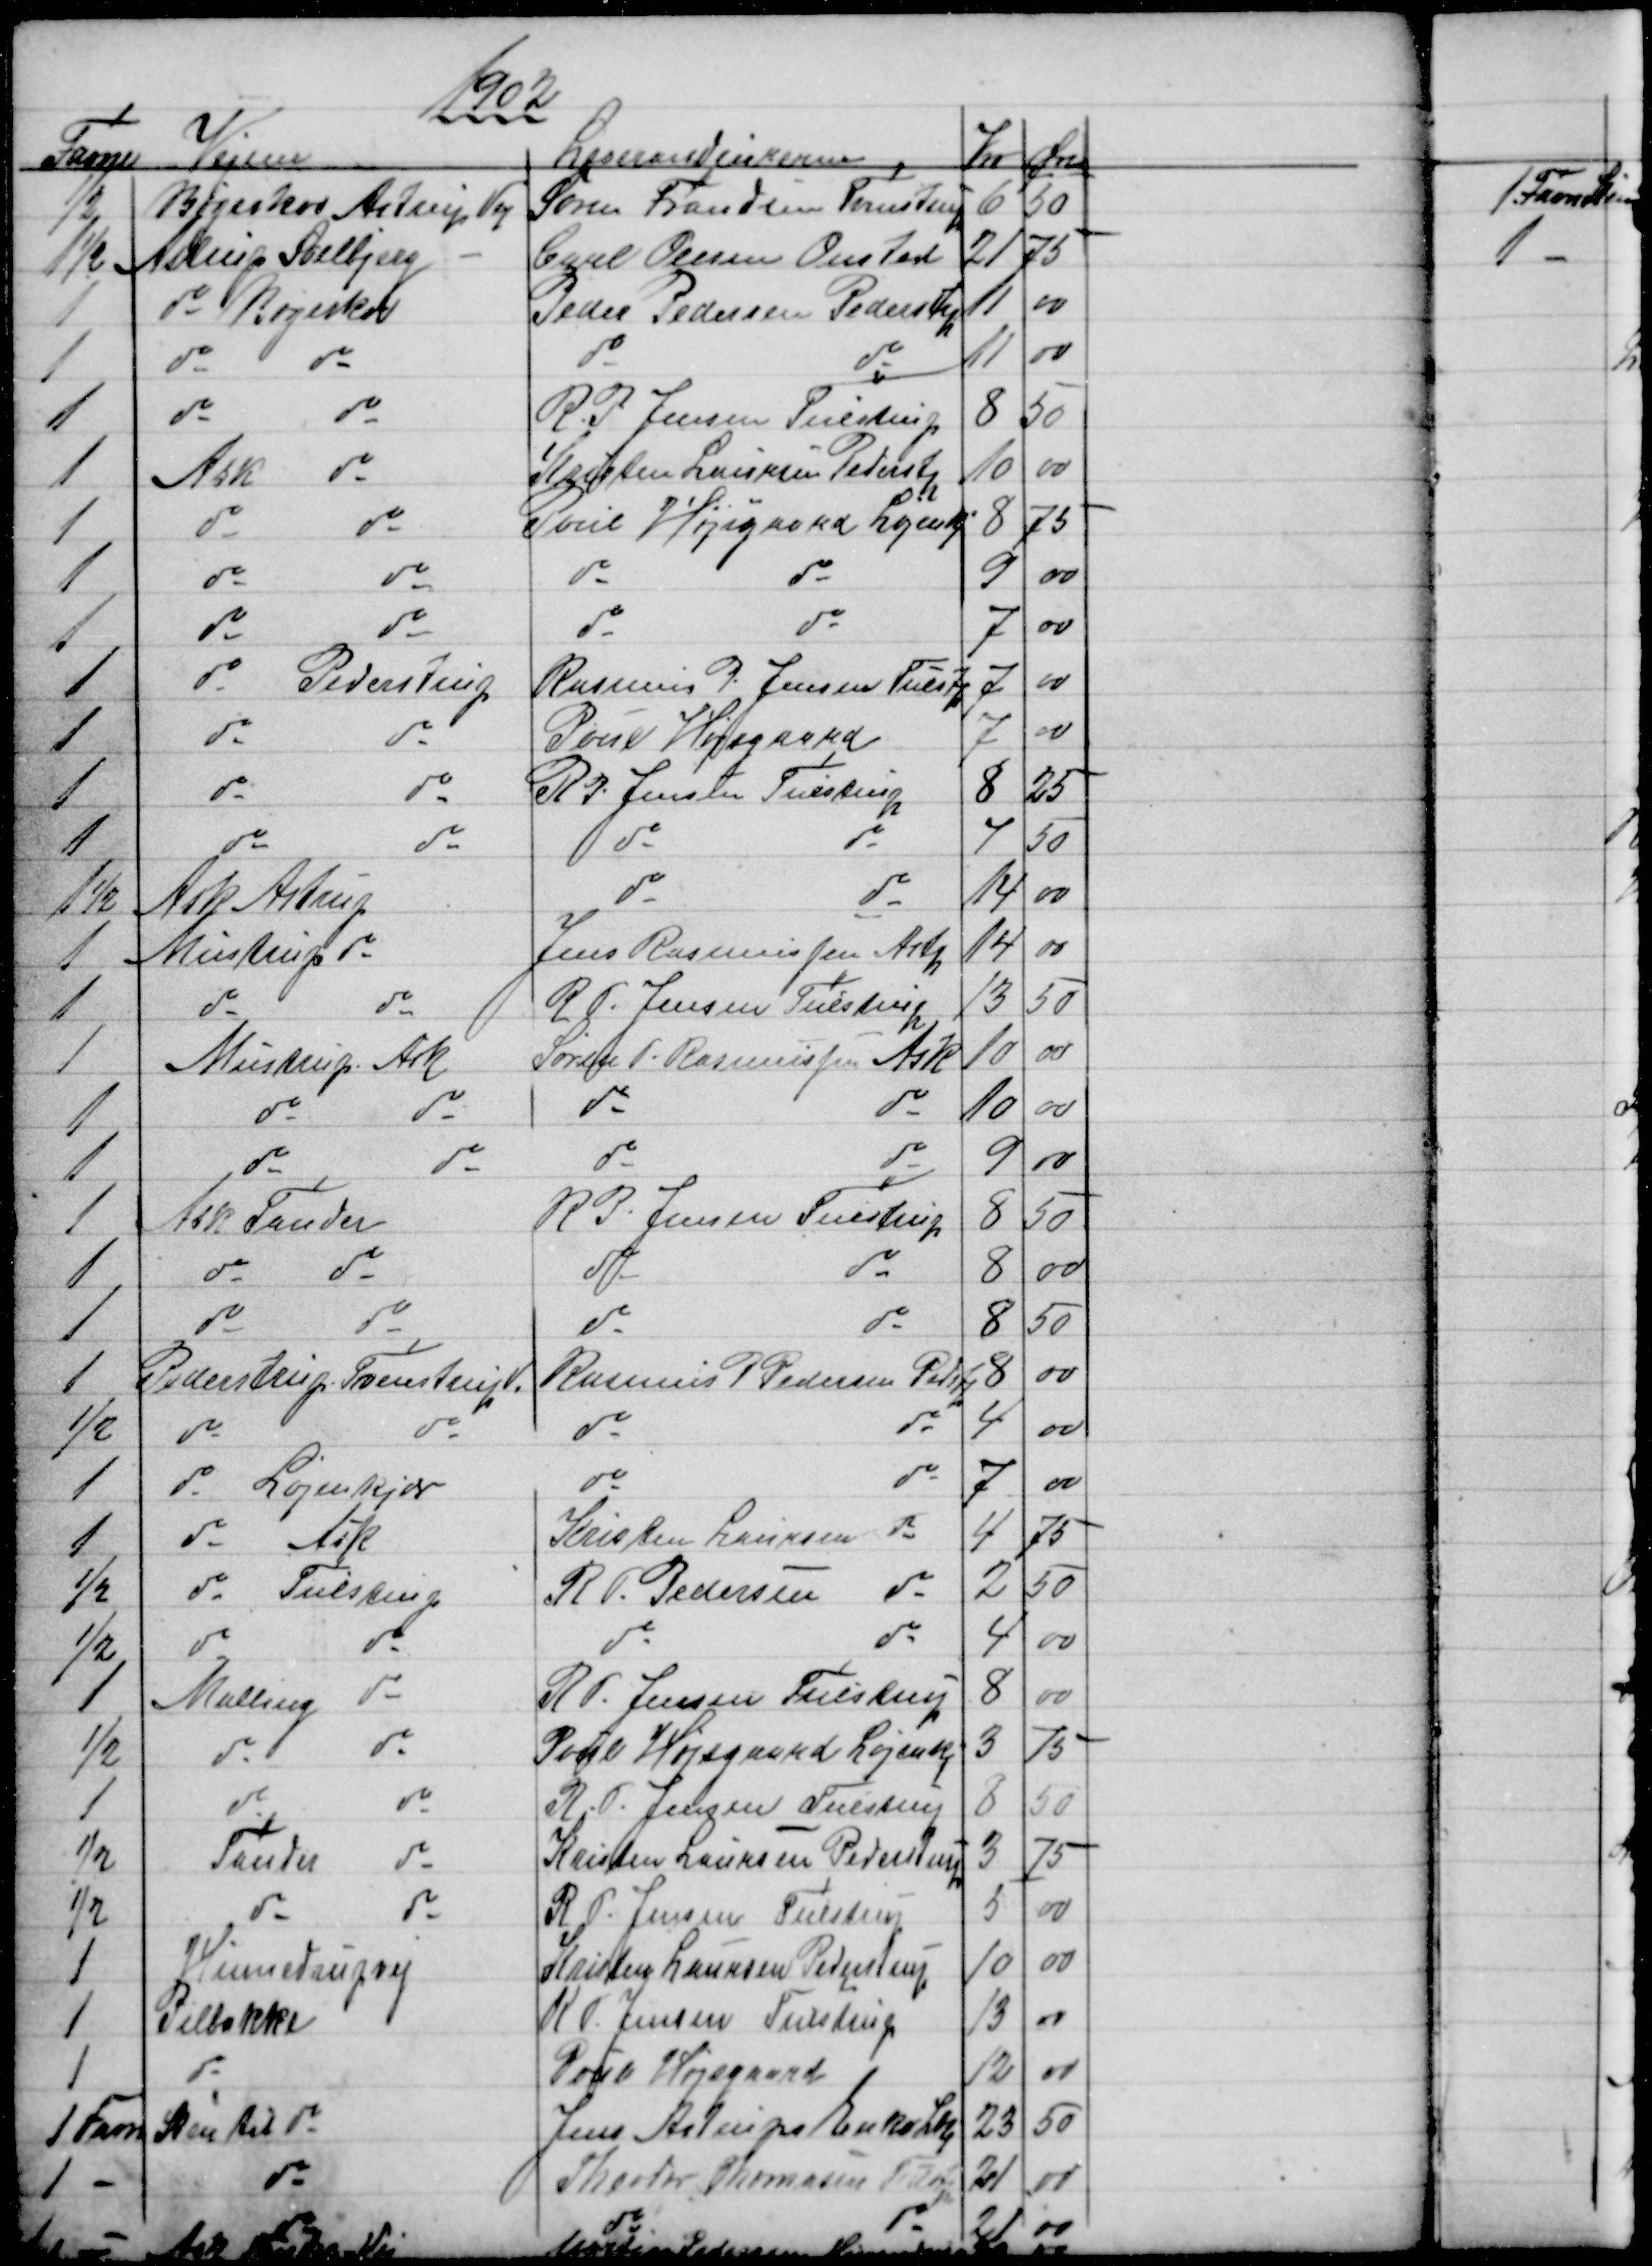
Transskription:
1902
Favne
Vejene
Leverandeurerne 
Kr Øre
½
Bøgeskov Astrup Vej
Søren Frandsen Tvenstrup
6
50
1½
Astrup Solbjerg
Carl Olesen Onsted
21
75
1
do Bøgeskov
Peder Pedersen Pederstp
11
00
1
do
do
do
do
11
00
1
do
do
R. P. Jensen Tulstrup
8
50
1
Ask
do
Kristen Laursen Pederstp
10
00
1
do
do
Poul Højsgaard Løjenkj
8
75
1
do
do
do
do
9
00
1
do
do
do
do
7
00
1
do
Pederstrup
Rasmus P. Jensen Tulstp
7
00
1
do
do
Poul Højsgaard
7
00
1
do
do
R. P. Jensen Tulstrup
8
25
1
do
do
do
do
7
50
1½
Ask Astrup
do
do
14
00
1
Mustrup do
Jens Rasmussen Astp
14
00
1
do
do
R P. Jensen Tulstrup
13
50
1
Mustrup Ask
Søren P. Rasmussen Ask
10
00
1
do
do
do
do
10
00
1
do
do
do
do
9
00
1
Ask Tander
R. P. Jensen Tulstrup
8
50
1
do
do
do
do
8
00
1
do
do
do
do
8
50
1
Pederstrup - Tvenstrup V.
Rasmus P Pedersen Pedstp
8
00
½
do
do
do
do
4
00
1
do Løjenkjær
do
do
7
00
1
do Ask
Kristen Laursen
do
4
75
½
do Tulstrup
R. P. Pedersen
do
2
50
½
do
do
do
do
4
00
1
Malling
do
R P. Jensen Tulstrup
8
00
½
do
do
Poul Højsgaard Løjenkj
3
75
1
do
do
R. P. Jensen Tulstrup
8
50
½
Tander
do
Kristen Laursen Pederstrup
3
75
½
do
do
R. P. Jensen Tulstrup
5
00
1
Hinnedrupvej
Kristen Laursen Pederstrup
10
00
1
Pilbakke
K P. Jensen Tulstrup
13
00
1
do
Poul Højsgaard
12
00
1 Favn
Sten til do
Jens Astrups Enke Lkj
23
50
1
do
Theodor Thomasen Tulstp
21
00
1
do
do
do
21 00
1
Ask Tander Vej
Martin Pedersen Hinnedrup
20 00